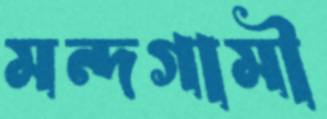
মন্দগামী